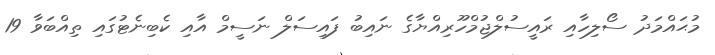
މުޙައްމަދު ސޯލިހާއި ރައީސުލްޖުމްހޫރިއްޔާގެ ނައިބު ފައިސަލް ނަސީމް އާއި ކެބިނެޓުގައި ތިއްބަވާ 19